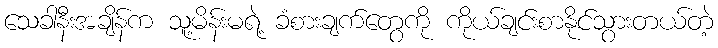
သေခါနီးအချိန်က သူ့မိန်းမရဲ့ ခံစားချက်တွေကို ကိုယ်ချင်းစာနိုင်သွားတယ်တဲ့